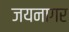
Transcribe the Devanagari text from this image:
जयनागर